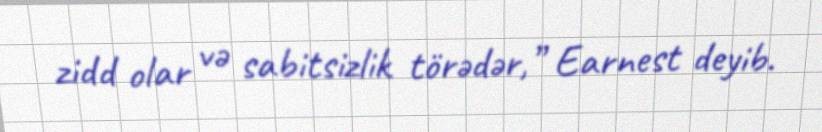
zidd olar və sabitsizlik törədər,” Earnest deyib.